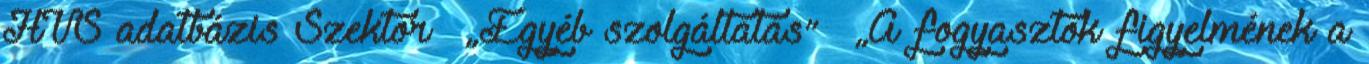
HVS adatbázis Szektor ▪„Egyéb szolgáltatás” ▪„A fogyasztók figyelmének a